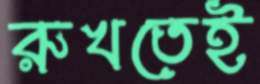
রুখতেই